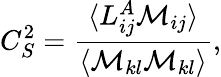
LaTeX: C_{S}^{2}=\frac{\langle{L_{ij}^{A}\mathcal M_{ij}}\rangle}{\langle{\mathcal M_{kl}\mathcal M_{kl}}\rangle},